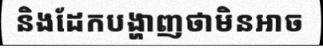
និងដែកបង្ហាញថាមិនអាច